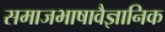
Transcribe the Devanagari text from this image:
समाजभाषावैज्ञानिक